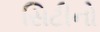
સિટીનો